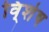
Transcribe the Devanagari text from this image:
वि्शेष